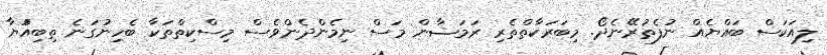
ލިއަކަސް ބައްޔެއް ނުފެތުރޭނެދޯ. މިބަރަކާތްތެރި ރަމަޟާން މަސް ނިމެންދެންވެސް މިސްކިތްތަކާ ބެހިނުގަނެ ތިބިއްުޔާ